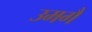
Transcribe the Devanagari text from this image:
उमगै